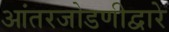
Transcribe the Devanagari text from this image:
आंतरजोडणीद्वारे